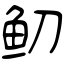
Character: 鱽